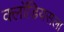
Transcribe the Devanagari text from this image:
क्लॉडियसला